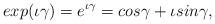
LaTeX: \begin{align*}exp(\iota\gamma)= e^{\iota\gamma} =cos\gamma +\iota sin\gamma,\end{align*}